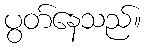
ပွတ်နေသည်။